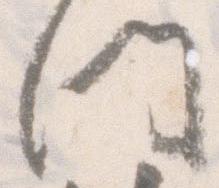
門